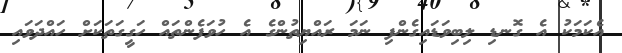
އެކަމަކު އެ ގޮނޑި ލިބިވަޑައިގެންފި ނަމަ ރައްޔިތުންގެ އެ ހުވަފެންތައް ހަގީގަތަކަށް ހައްދަވައި